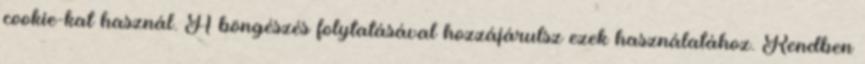
cookie-kat használ. A böngészés folytatásával hozzájárulsz ezek használatához. Rendben